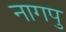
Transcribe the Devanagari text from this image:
नागपु